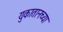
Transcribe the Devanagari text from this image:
युकातानच्या